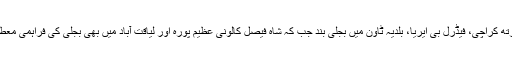
نیوکراچی، نارتھ کراچی، فیڈرل بی ایریا، بلدیہ ٹاون میں بجلی بند جب کہ شاہ فیصل کالونی عظیم پورہ اور لیاقت آباد میں بھی بجلی کی فراہمی معطل کردی گئی۔